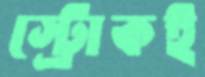
স্ট্রোকই